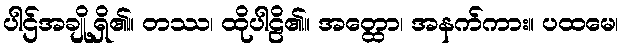
ပါဌ်အချို့ရှိ၏။ တဿ၊ ထိုပါဠိ၏။ အတ္ထော၊ အနက်ကား။ ပထမေ၊